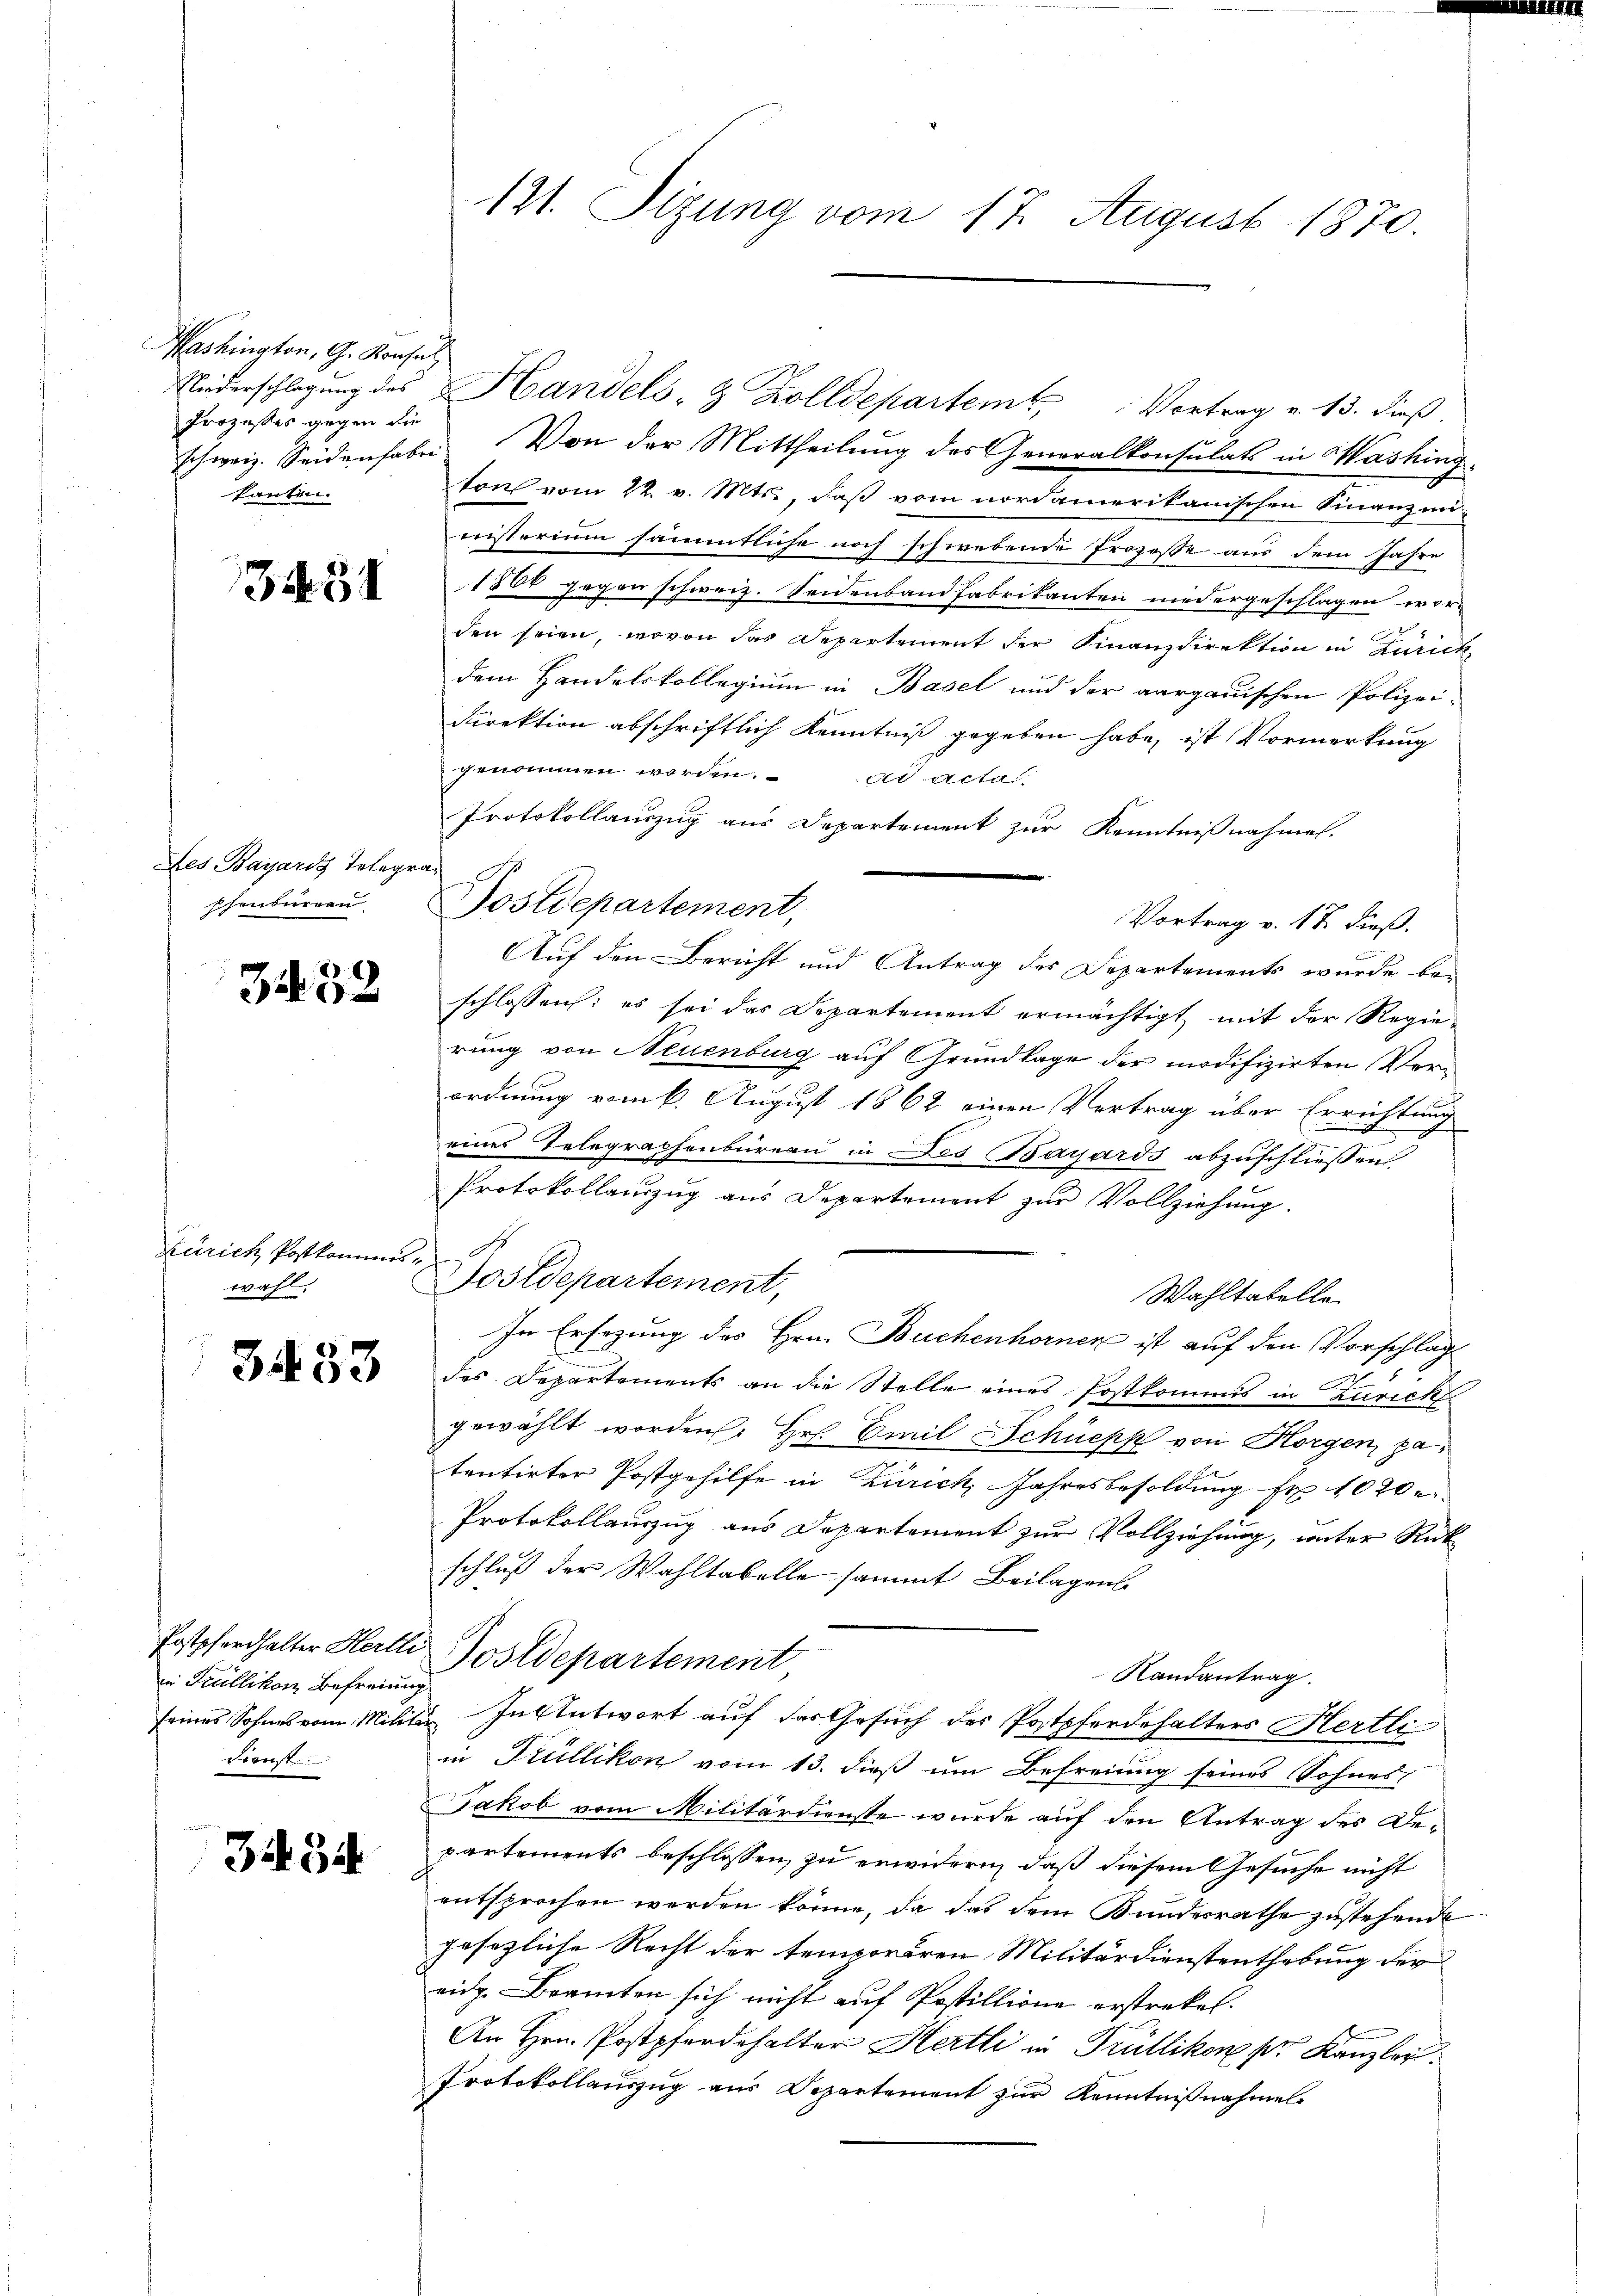
Pashington, G. Konsul
Prozeßes gegen die
santen.

3431

Des Bayards Telegrau
schenburgen

3432

Zürich Postkommis
wahl.

3.433

in Trüllikon Befreiung
Dienst

3454

Niderschlagung des Handels- & Zolldepartem Vortrag v. 13. dieß.
schweiz. Seidenhabe. Von der Mittheilung des Generalkonsulats in Washing
ton vom 22. v. Mts., daß vom nordamerikanischen Finanz un-
nisterium sämmtliche noch schwebende Prozesse aus dem Jahre
1800 gegen schweiz. Seidenbandfabrikanten niedergeschlagen wor-
den seien, wovon das Departement der Finanzdirektion in Zürich
dem Handelskollegium in Basel und der aargauischen Polizei-
Direktion abschriftlich Kenntniß gegeben habe, ist Vormerkung
genommen worden. ad acta
Protokollauszug aus Departement zur Kenntnißnahmen.
Vortrag v. 18. dieß.
Auf den Bericht und Antrag des Departements wurde beschlossen: es sei das Departement ermächtigt mit der Regie-
rung von Neuenburg auf Grundlage der modifizirten Verordnung vom 6. August 1862 einen Vertrag über Errichtung
eines Telegraphenbureau in Des Bayards abzuschliessen,
Protokollauszug aus Departement zur Vollziehung.
.
Nostdepartement,
Wahltatelle
In Ersezung des Hrn. Buchenhorner ist auf den Vorschlag
des Departements an die Stelle eines Postkommis in Zürich
gewählt worden, Hr. Emil Schüepp von Horgen, patentirter Postgehilfe in Zürich, Jahresbesoldung Fr. 1020
Protokollauszug aus Departement zur Vollziehung, unter Rück
schluß der Wahltabelle sammt Beilagens
Postpferhalter Hertl Postdepartement
Randantrag.
seines Sohnes vom Militär. In Antwort auf das Gesuch des Postpferdehalters Hertliin Trüllikon vom 13. dieß um Befreiung seines Sohnes,
Jakob vom Militärdienste wurde auf den Antrag des Departements beschlossen, zu erwidern, daß diesem Gesuche nicht
entsprochen werden könne, da das dem Bundesrathe zustehende
gesezliche Recht der temporären Militärdienstenthebung der
eidg. Beamten sich nicht auf Postillione erstrekel.
An Hrn. Postpferdehalter Hertli in Trüllikon pr. Kanzley.
Protokollauszug aus Departement zur Kenntnißnahmel

121. Sizung vom 17. August 1870.

Postdepartement,